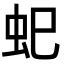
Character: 𮓷